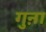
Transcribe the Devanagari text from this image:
गुऩा